Bréfritari: Jóhannes Halldórsson
Dagsetning: A-1875-06-20
Skrifað á: Vesturheimi

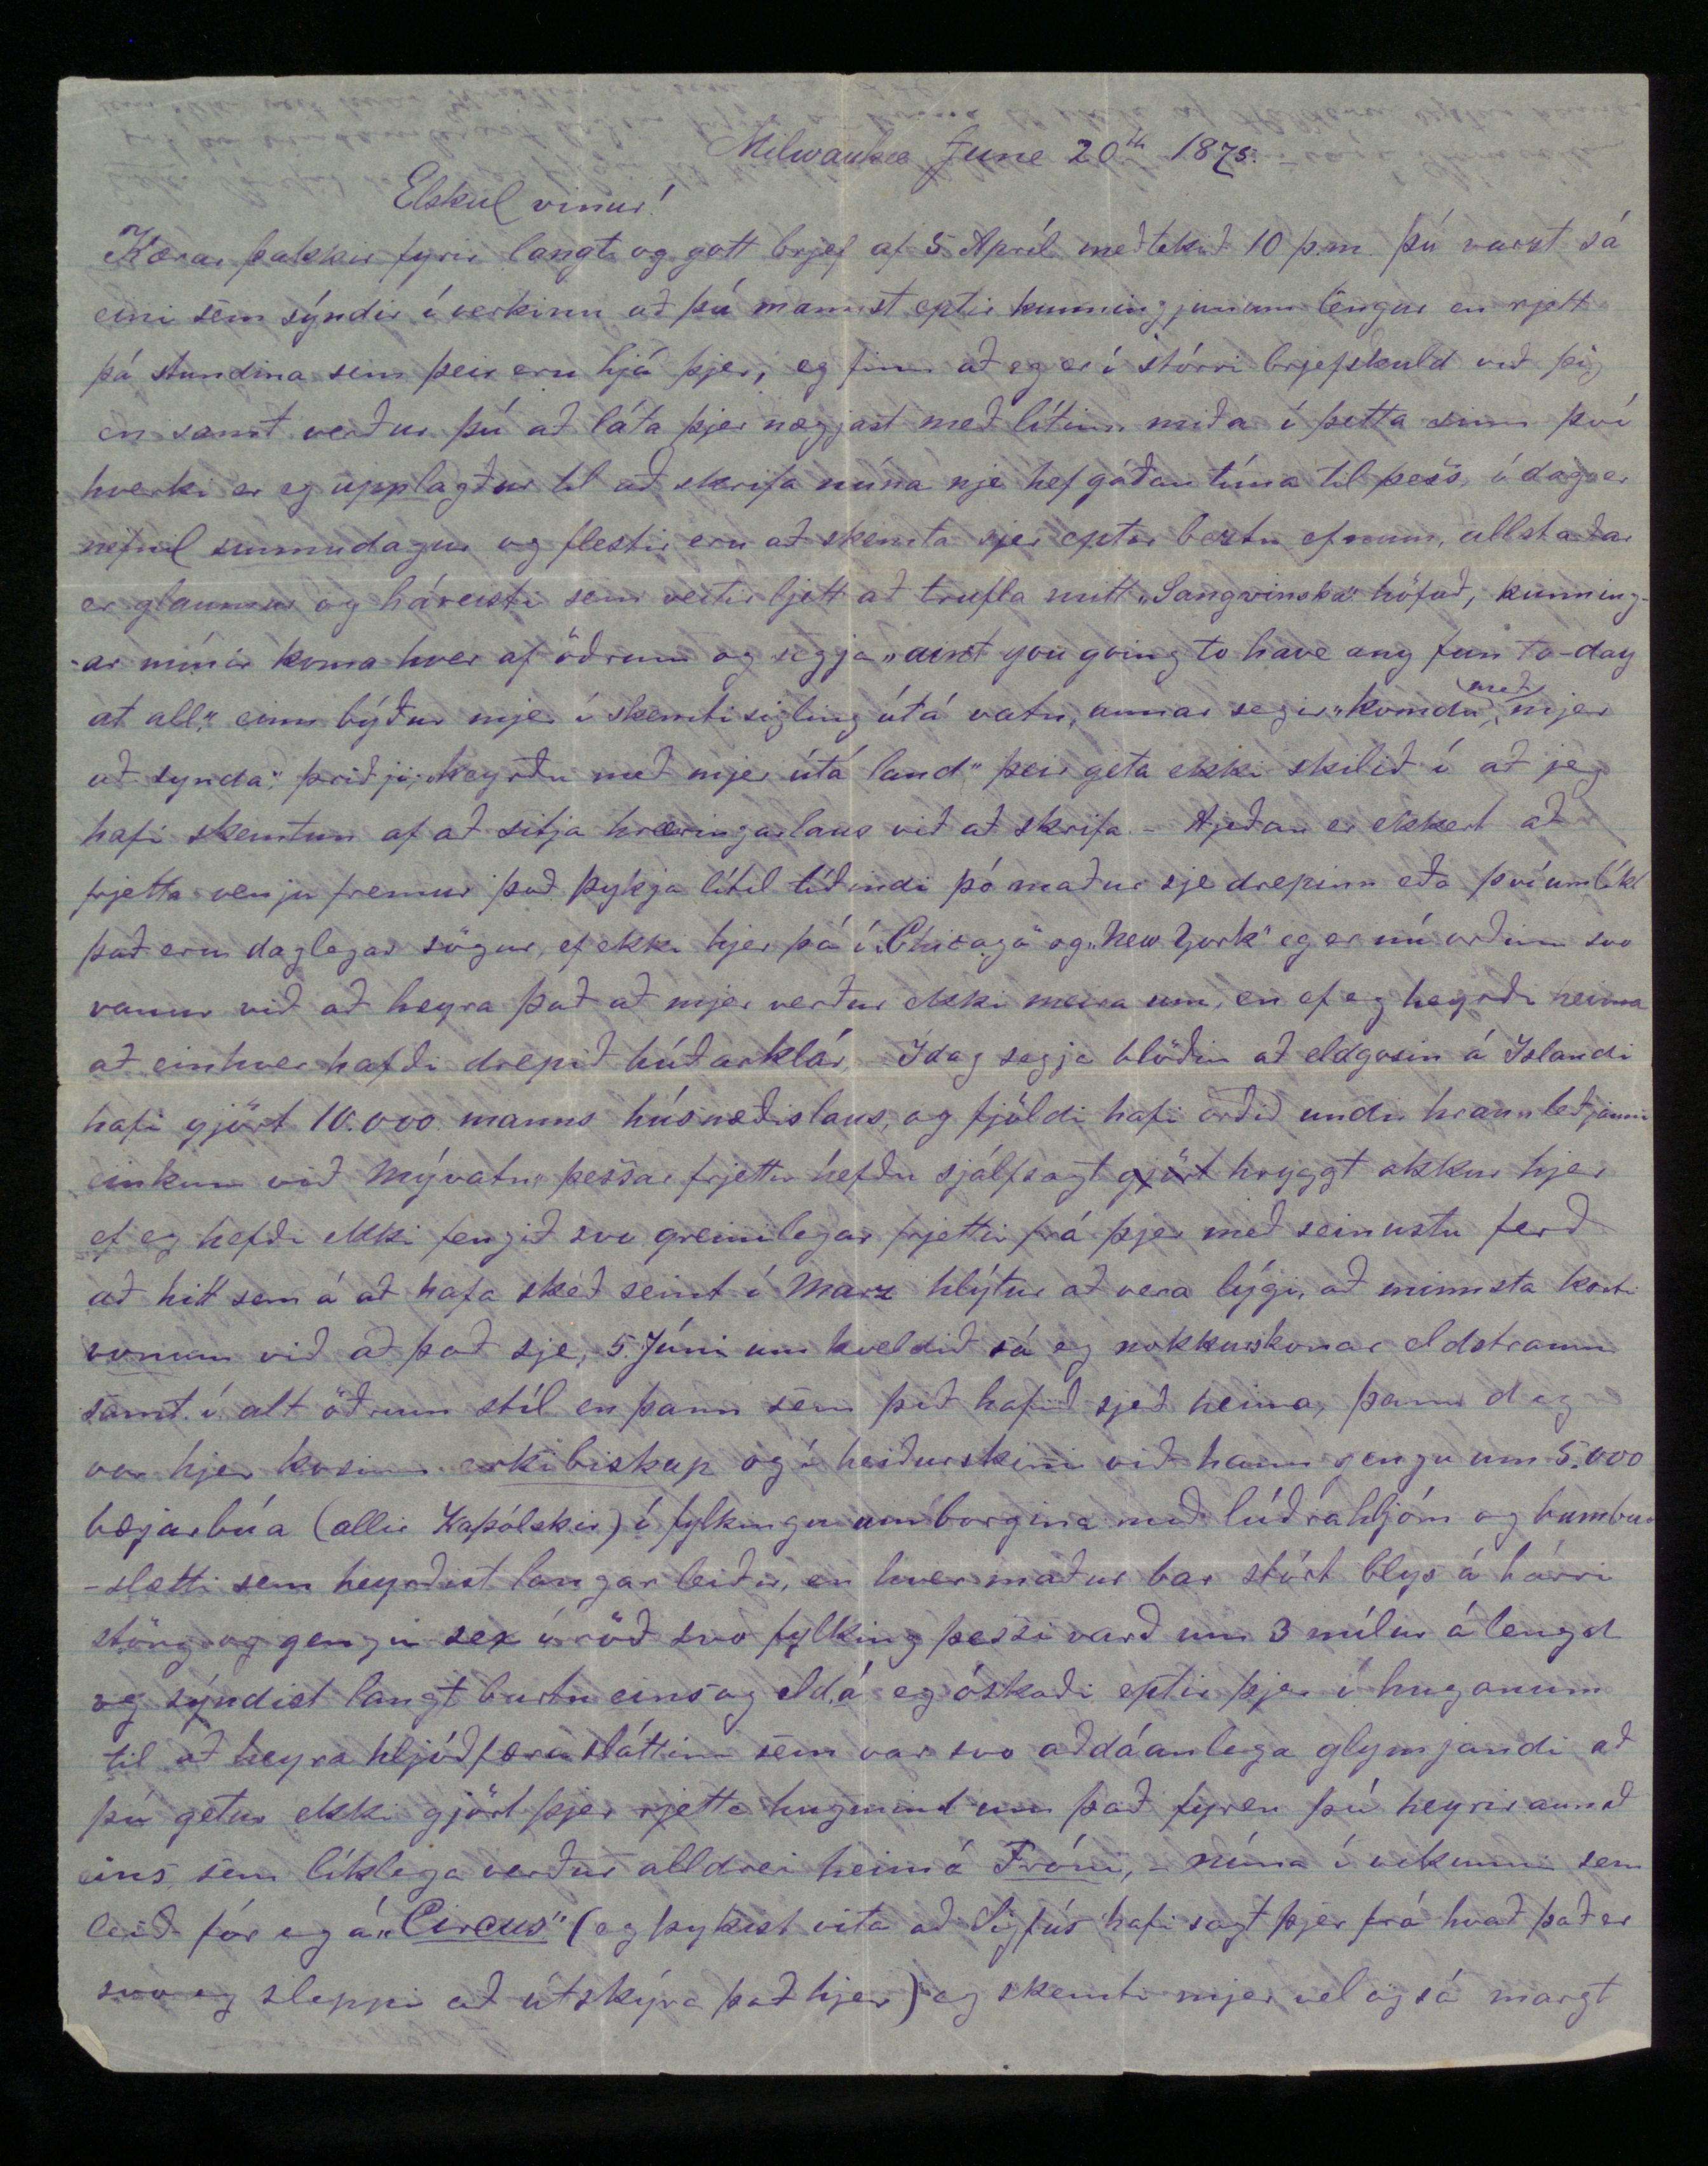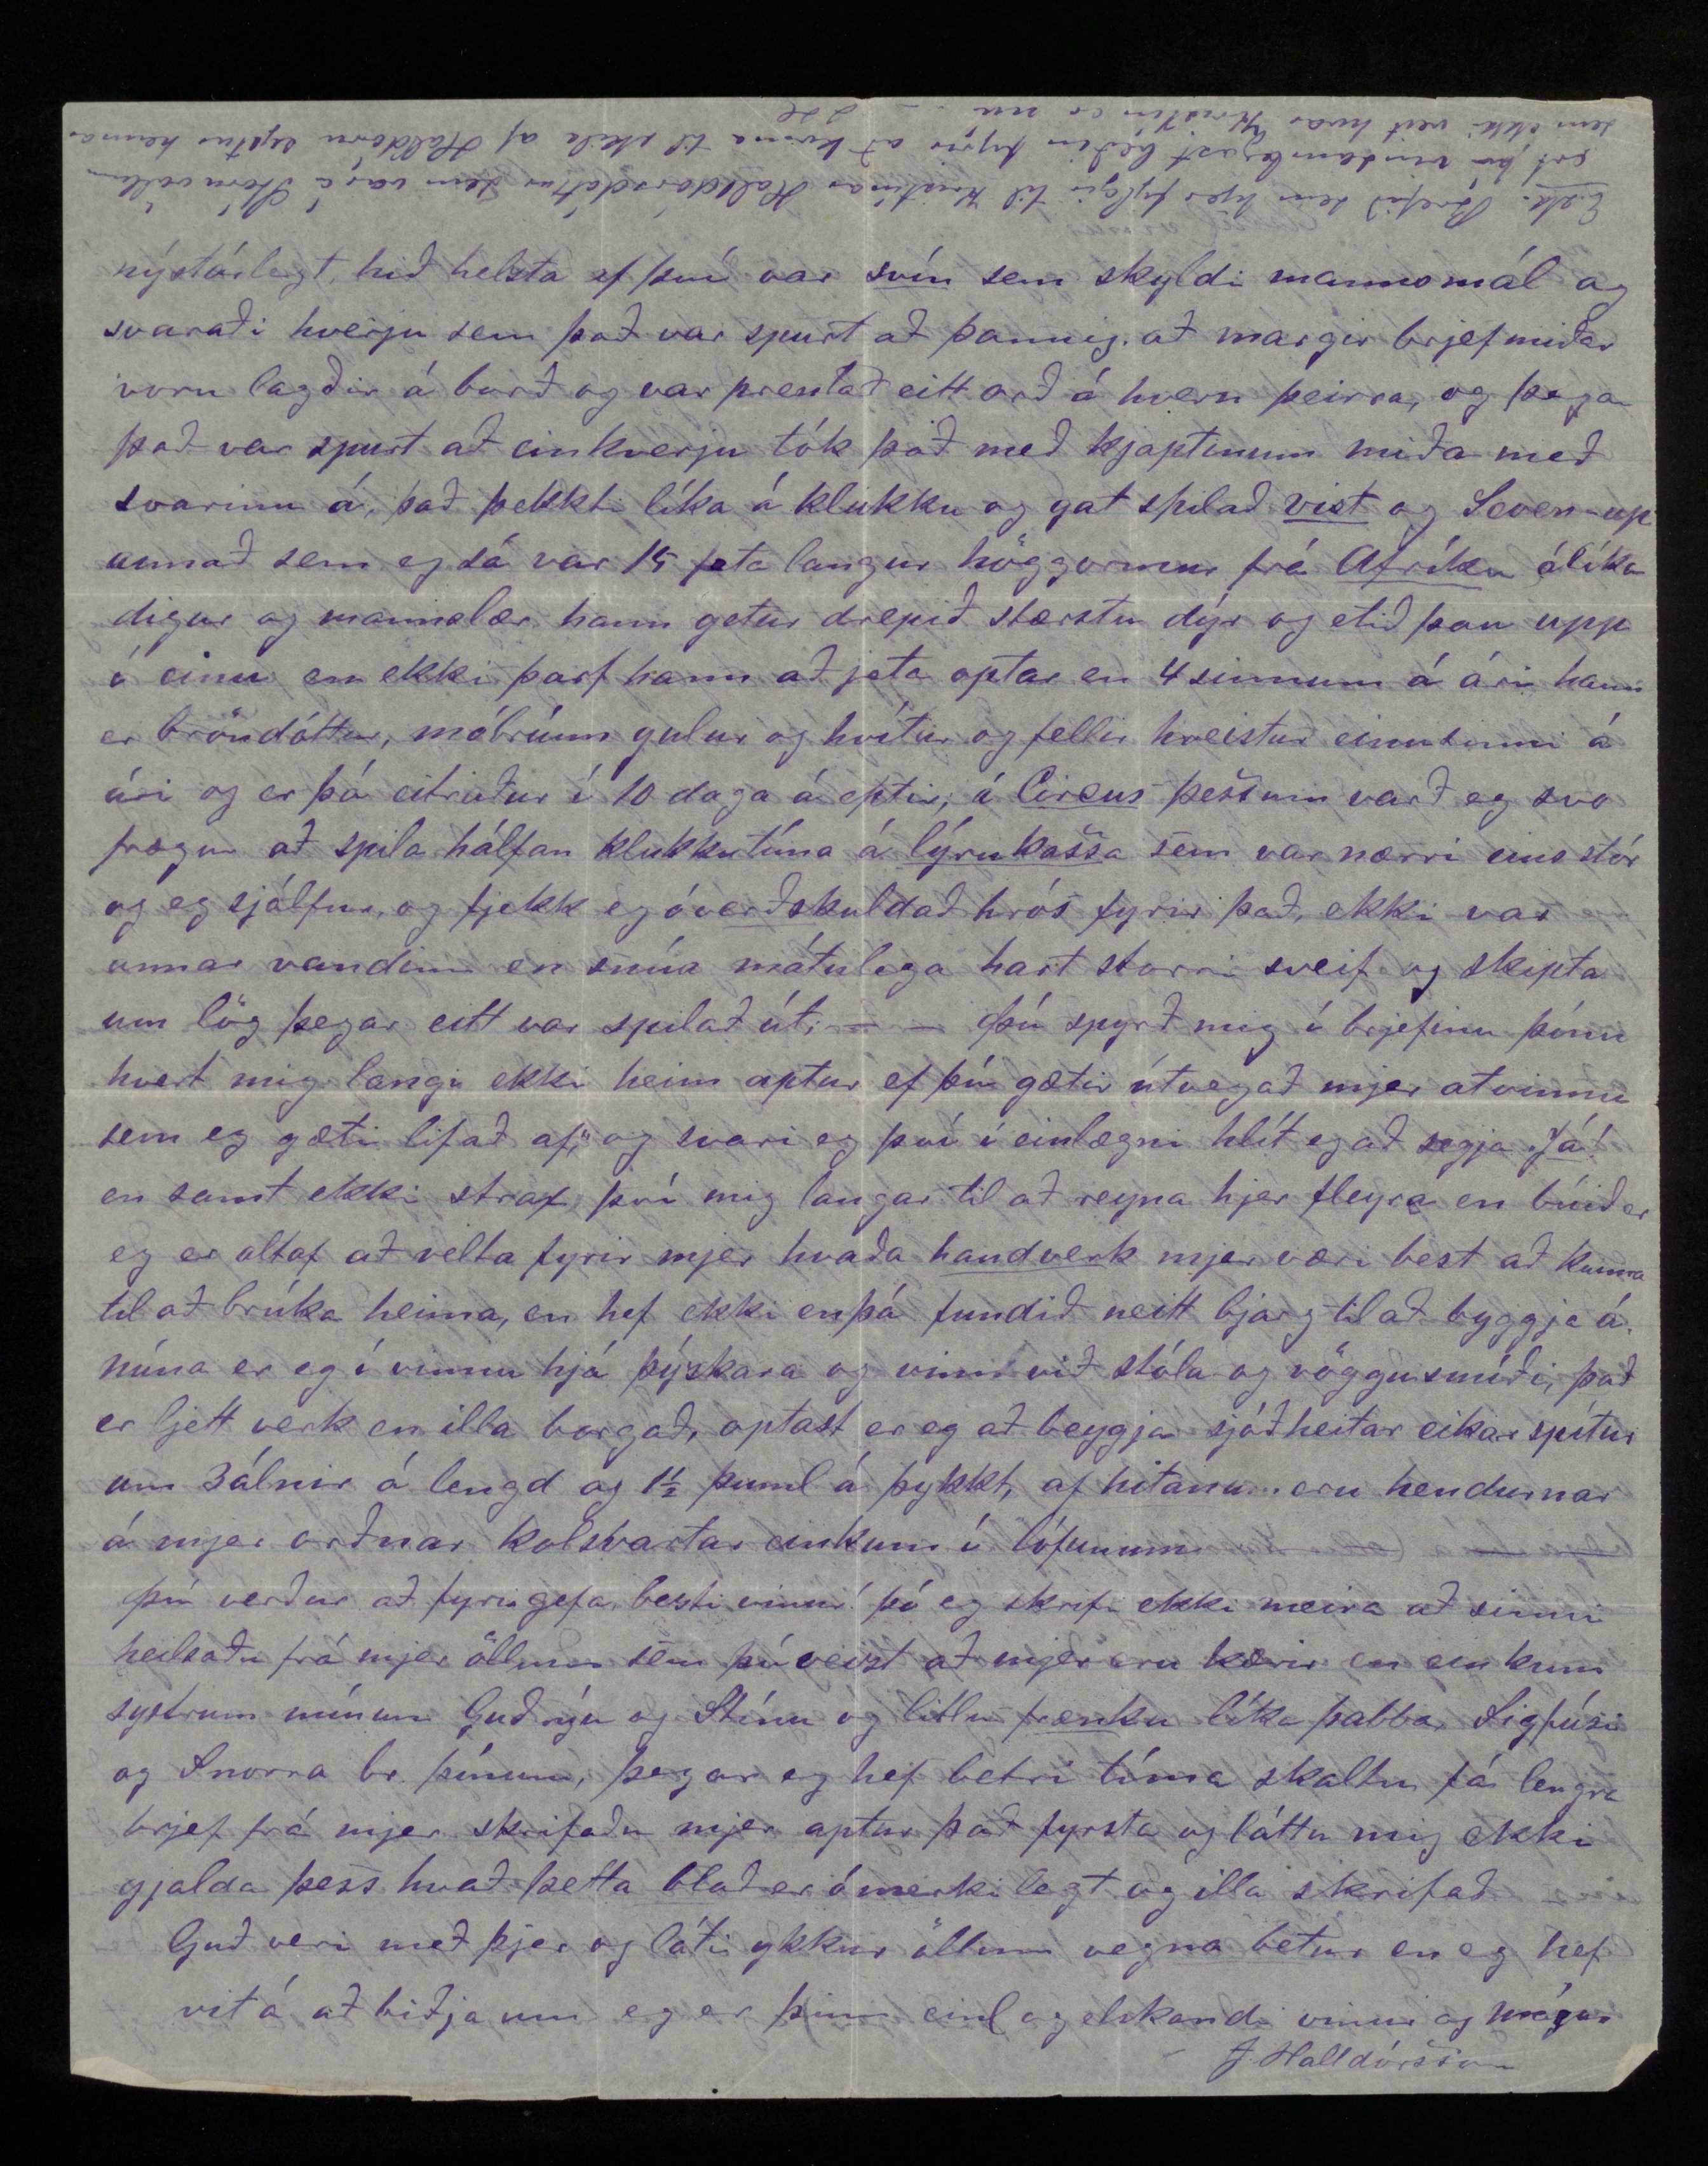

Milwaukee June 20
th
1875
Elskul vinur!
Kærar þakkir fyrir langt og gott brjef af 5 Apríl meðtekið 10 þ.m. þú varzt sá eini sem sýnir í verkinu að þú mannst eptir kunningjunum lengur en rjett þá stundina sem þeir eru hjá þjer, eg finn að eg er í stórri brjefaskuld við þig en samt verður þú að láta þjer nægjast með lítinn miða í þetta sinn því hverki er eg upplagður til að skrifa núna nje hef góðan tíma til þess, í dag er nefnil sunnudagur og flestir eru að skemta sjer eptir beztu efnum allstaðar er glaumur háreisti sem veitir ljett að trufla mitt „Langvinska" höfuð, kunningar mínir koma hver af öðrum og segja „ain't you going to have any fun to-day at all" einn býður mjer í skemtisigling útá vatn, annar segir „komdu
með
mjer að synda" þriðji „keyrðu með mjer útá land" þeir geta ekki skilið í að jeg hafi skemtun af að sitja hræringarlaus við að skrifa. Hjeðan er ekkert að frjetta venju fremur það þykja lítil tíðindi þó maður sje drepinn eða þvíumlíkt það eru daglegar sögur ef ekki hjer þá í „Chicago" og „New York" eg er nú orðinn svo vanur við að heyra það að mjer verður ekki meira um en ef eg heyrði heima að einhver hefði drepið búðarklár Ídag segja blöðin að eldgosin á Islandi hafi gjört 10.000 manns húsnæðislaus og fjöldi hafi oriðð undir hraunleðjunni einkum við Mývatn þessar frjettir hefðu sjálfsagt
gjört
hryggt okkur hjer ef eg hefði ekki fengið svo greinilegar frjettir frá þjer með seinustu ferð að hitt sem á að hafa skeð seint í Marz hlýtur að vera lýgi, að minnsta kosti vonum við að það sje, 5. Júní um kveldið sá eg nokkurskonar eldstrauma samt í alt öðrum stíl en þann sem þið hafið sjeð heima, þann dag var hjer kosinn erkibiskup og í heiðurskini við hann gengu um 5.000 bæjarbúa (allir Kaþólskir) í fylkingu um borgina með lúðrahljóm og bumbuslætti sem heyrðust langar leiðir en hver maður bar stórt blys á hárri stöng og gengu sex í röð svo fylking þessi varð um 3 mílur á lengd og sýndist langt burtu einsog
eldá
eg óskaði eptir þjer í huganum til að heyra hljóðfærasláttinn sem var svo aðdáanlega glymjandi að þú getur ekki gjört þjer rjetta hugmind um það fyren þú heyrir annað eins sem líklega verður alldrei heim á Fróni, núna í vikunni sem leið fór eg á
„Circus"
(og þykist vita að Sigfús hafi sagt þjer frá hvað það er svo eg sleppi að útskýra það hjer) eg skemti mjer vel og sá margt
nýstárlegt hið helzta af því var svín sem skyldi mannsmál og svaraði hverju sem það var spurt að þannig að margir brjefmiðar voru lagðir á borð og var prentað eitt orð á hvern þeirra og þegar það var spurt að einhverju tók það með kjaptinum miða með svarinu á, það þekkti líka á klukku og gat spilað
vist
og Seven-up annað sem eg sá var 15 feta langur höggormur frá
Afríku
álíka digur og mannslær hann getur drepið stærstu dýr og etið þau upp í einu en ekki þarf hann að jeta optar en 4 sinnum á ári hann er bröndóttur, móbrúnn gulur og hvítur og fellir kreistur einusinni á ári og er þá eitraður í 10 daga á eptir á
Circus
þessum varð eg svo frægur að spila hálfan klukkutíma á
lýrukassa
sem var nærri eins stór og eg sjálfur og fjekk eg óverðskuldað hrós fyrir það, ekki var annar vandinn en snúa mátulega hart storri sveif og skipta um lög þegar eitt var spilað út. Þú spyrð mig í brjefinu þínu hvert mig langi ekki heim aptur ef þú gætir útvegað mjer atvinnu sem eg gæti lifað af og svari eg því í einlægni hlít eg að segja Já! en samt ekki strax því mig langar til að reyna hjer fleyra en búið er eg er altaf að velta fyrir mjer hvaða handverk mjer væri best að kunna til að brúka heima en hef ekki enþá fundið neitt bjarg til að byggja á. Núna er eg í vinnu hjá þýzkara og vinn við stóla og vöggusmíði, það er ljett verk en illa borgað, optast er eg að beygja sjóðheitar eikar spítur um 3 álnir á lengd og 1 1/2 pund á þykkt af hitanum eru hendurnar á mjer orðnar kolsvartar einkum í lófunum.
þú verður að fyrirgefa besti vinur! þó eg skrifi ekki meira að sinni heilsaðu frá mjer öllum sem þú veizt að mjer eru kærir en einkum systrum mínum Guðnýu og Stínu og litlu frænku líka pabba, Sigfúsi og Snorra br. þínum, þegar eg hef betri tíma skaltu fá lengra brjef frá mjer skrifaðu mjer aptur það fyrsta og láttu mig ekki gjalda þess hvað þetta blað er ómerkilegt og illa skrifað.
Guð veri með þjer og láti ykkur öllum vegna betur en eg hef vit á að biðja um eg er þinn einl. og elskandi vinur og mágur
J Halldórsson